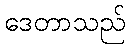
ဒေတာသည်